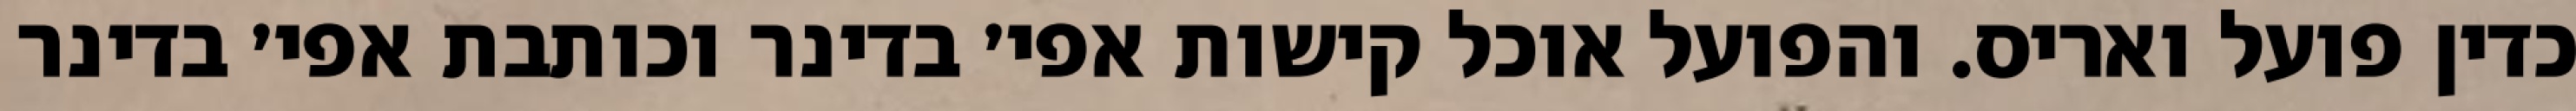
כדין פועל ואריס. והפועל אוכל קישות אפי׳ בדינר וכותבת אפי׳ בדינר